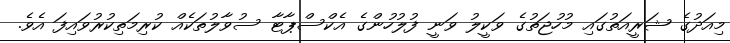
މިއަދުގެ ޝަރީއަތުގައި މުހުޖަތުގެ ވަކީލު ވަނީ ފުލުހުންގެ އެކްސްޕާޓާ ސުވާލުތަކެއް ކުރިމަތިކުރުވައިފަ އެވެ.